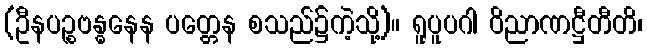
(ဦနပဉ္စဗန္ဓနေန ပတ္တေန စသည်၌ကဲ့သို့)။ ရူပူပဂါ ဝိညာဏဋ္ဌီတီတိ၊